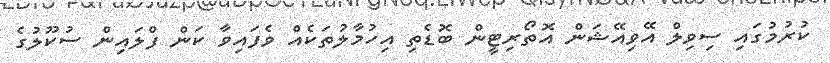
ކުރުމުގައި ސިވިލް އޭވިއޭޝަން އޮތޯރިޓީން ބޮޑެތި އިހުމާލުތަކެއް ވެފައިވާ ކަން ފްލައިން ސުކޫލުގެ